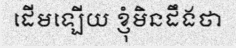
ដើមឡើយ ខ្ញុំមិនដឹងថា